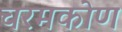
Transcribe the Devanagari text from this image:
चरमकोण